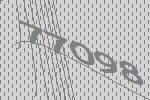
77098